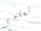
تعلمى